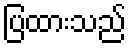
ပြထားသည်